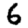
Digit: 6